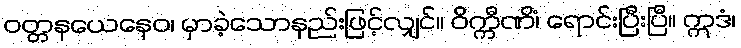
ဝတ္တနယေနေဝ၊ မှာခဲ့သောနည်းဖြင့်လျှင်။ ဝိက္ကီဏိံ၊ ရောင်းပြီးပြီ။ ဣဒံ၊